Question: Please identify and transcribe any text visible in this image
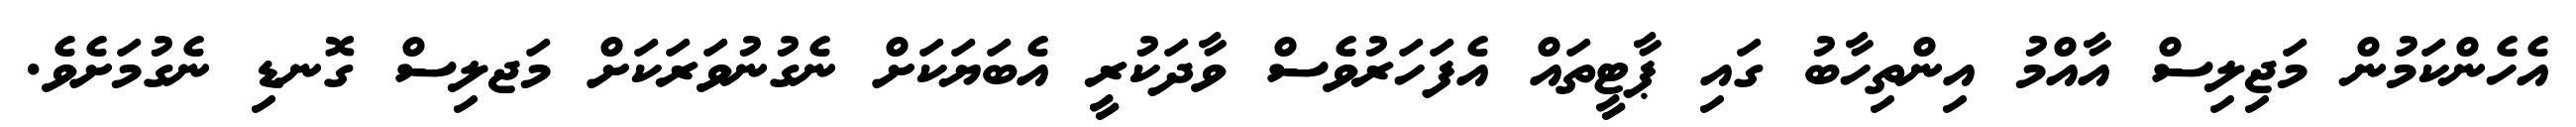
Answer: އެހެންކަމުން މަޖިލިސް އާއްމު އިންތިހާބު ގައި ޕާޓީތައް އެފަހަރުވެސް ވާދަކުރީ އެބަޔަކަށް ނެގުނުވަރަކަށް މަޖލިސް ގޮނޑި ނެގުމަށެވެ.